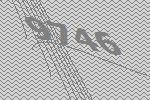
9746